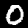
Digit: 0